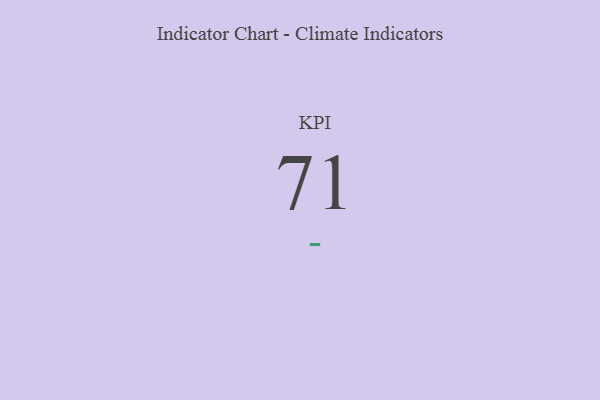
{"axis": {"x": "KPI", "y": "Value"}, "legend": [""], "data": [{"x": "KPI", "y": 71, "type": ""}]}